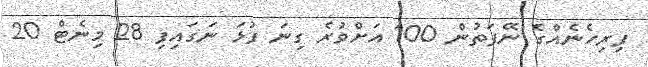
ފިރިހެނެއްގެ ނޭފަތުން 100 އަށްވުރެ ގިނަ ފުޅަ ނަގައިފި 28 މިނެޓް 20